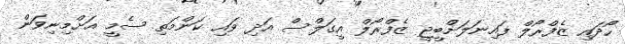
ހޯދައި ޒެފްރޯލް ފައިނަލަށްބީޖީ ޒެފްރޯލް އީގަލްސް އަދި ވައި ކަންމަތި ސެމީ އަށްމިނިވަން